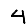
Digit: 4